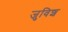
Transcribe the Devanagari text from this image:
जुविश